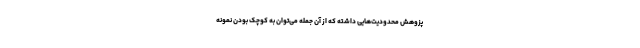
پزوهش محدودیت‌هایی داشته که از آن جمله می‌توان به کوچک بودن نمونه